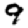
Digit: 9